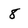
Character: 8